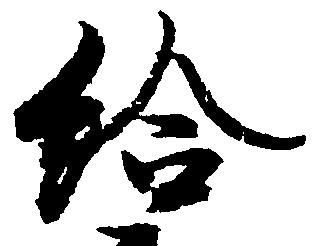
給